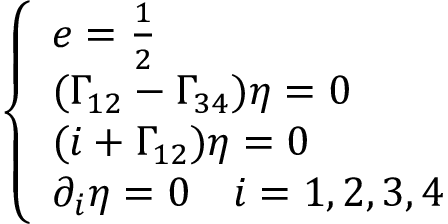
\left\{ \begin{array} { l l l l } { { e = \frac { 1 } { 2 } } } \\ { { ( \Gamma _ { 1 2 } - \Gamma _ { 3 4 } ) \eta = 0 } } \\ { { ( i + \Gamma _ { 1 2 } ) \eta = 0 } } \\ { { \partial _ { i } \eta = 0 \quad i = 1 , 2 , 3 , 4 } } \end{array} \right.